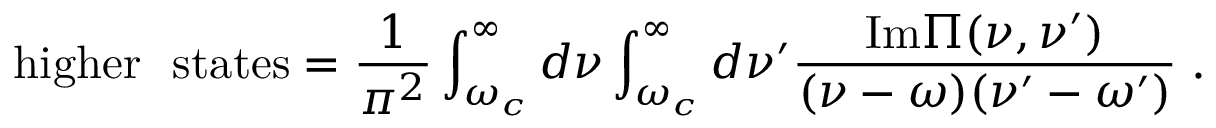
\mathrm { h i g h e r ~ ~ s t a t e s } = \frac { 1 } { \pi ^ { 2 } } \int _ { \omega _ { c } } ^ { \infty } d \nu \int _ { \omega _ { c } } ^ { \infty } d \nu ^ { \prime } \frac { \mathrm { I m } \Pi ( \nu , \nu ^ { \prime } ) } { ( \nu - \omega ) ( \nu ^ { \prime } - \omega ^ { \prime } ) } \; .